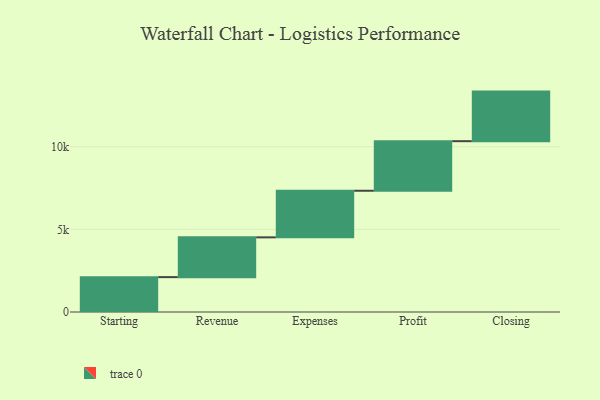
{"axis": {"x": "Step", "y": "Value"}, "legend": [""], "data": [{"x": "Starting", "y": 2110.0, "type": ""}, {"x": "Revenue", "y": 2407.0, "type": ""}, {"x": "Expenses", "y": 2820.0, "type": ""}, {"x": "Profit", "y": 3000, "type": ""}, {"x": "Closing", "y": 3000, "type": ""}]}